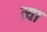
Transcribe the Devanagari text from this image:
त्या